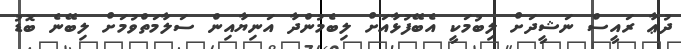
ދުޢާ ރައީސް ނަޝީދަށް ލިބުމަކީ އެބޭފުޅާއަށް ލިބެމުންދާ އަނިޔާއިން ސަލާމަތްވުމަށް ލިބޭނެ ބޮޑު